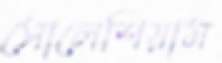
সোলেশিয়াম